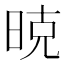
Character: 𰖇